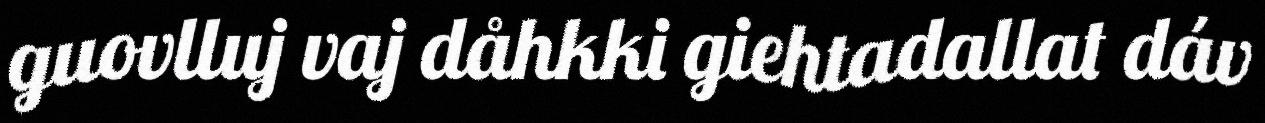
guovlluj vaj dåhkki giehtadallat dáv